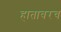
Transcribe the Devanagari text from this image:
हातावरच